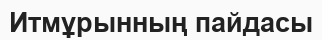
Итмұрынның пайдасы